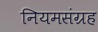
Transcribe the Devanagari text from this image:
नियमसंग्रह